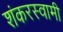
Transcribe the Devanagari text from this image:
शंकरस्वामी